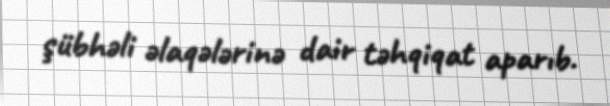
şübhəli əlaqələrinə dair təhqiqat aparıb.